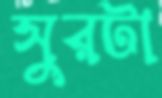
সুরটা